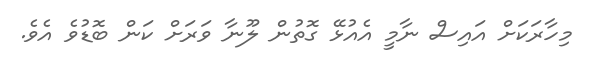
މިހާރަކަށް އައިސް ނާމީ އެއުޅޭ ގޮތުން ލޫނާ ވަރަށް ކަން ބޮޑުވެ އެވެ.